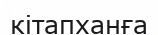
кітапханға